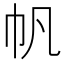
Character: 帆